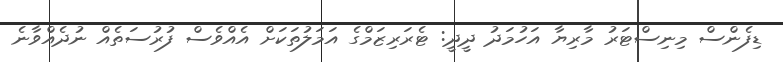
ޑިފެންސް މިނިސްޓަރު މާރިޔާ އަހުމަދު ދީދީ: ޓެރަރިޒަމްގެ އަމަލުތަކަށް އެއްވެސް ފުރުސަތެއް ނުދެއްވާނެ